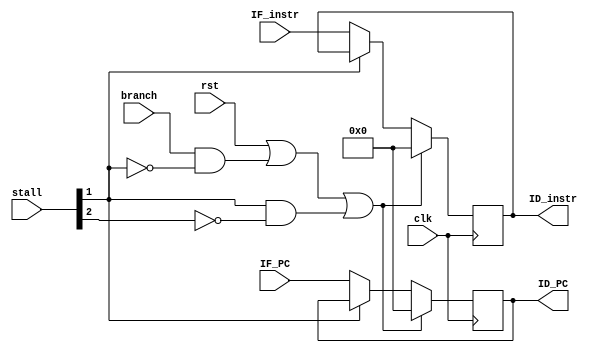
`timescale 1ns / 1ps
//////////////////////////////////////////////////////////////////////////////////
// Company:
// Engineer:
//
// Design Name:
// Module Name: reg_IF_ID
// Project Name:
// Target Devices:
// Tool Versions:
// Description:
//
// Dependencies:
//
// Revision:
// Revision 0.01 - File Created
// Additional Comments:
//
//////////////////////////////////////////////////////////////////////////////////


module reg_IF_ID#(parameter XLEN = 32)
                 (input wire clk,
                  input wire rst,
                  input wire branch,
                  input wire [5:0] stall,
                  input [XLEN-1:0]IF_instr,
                  input [XLEN-1:0]IF_PC,
                  output reg [XLEN-1:0]ID_PC,
                  output reg [XLEN-1:0]ID_instr);
    always @ (posedge clk) begin
        if (rst || (branch && !stall[1]) || (stall[1] && !stall[2])) begin
            ID_instr <= 0;
            ID_PC    <= 0;
            end else if (!stall[1]) begin
            ID_instr <= IF_instr;
            ID_PC    <= IF_PC;
        end
    end
endmodule